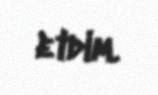
etdim.